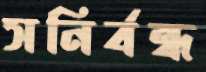
সনির্বন্ধ